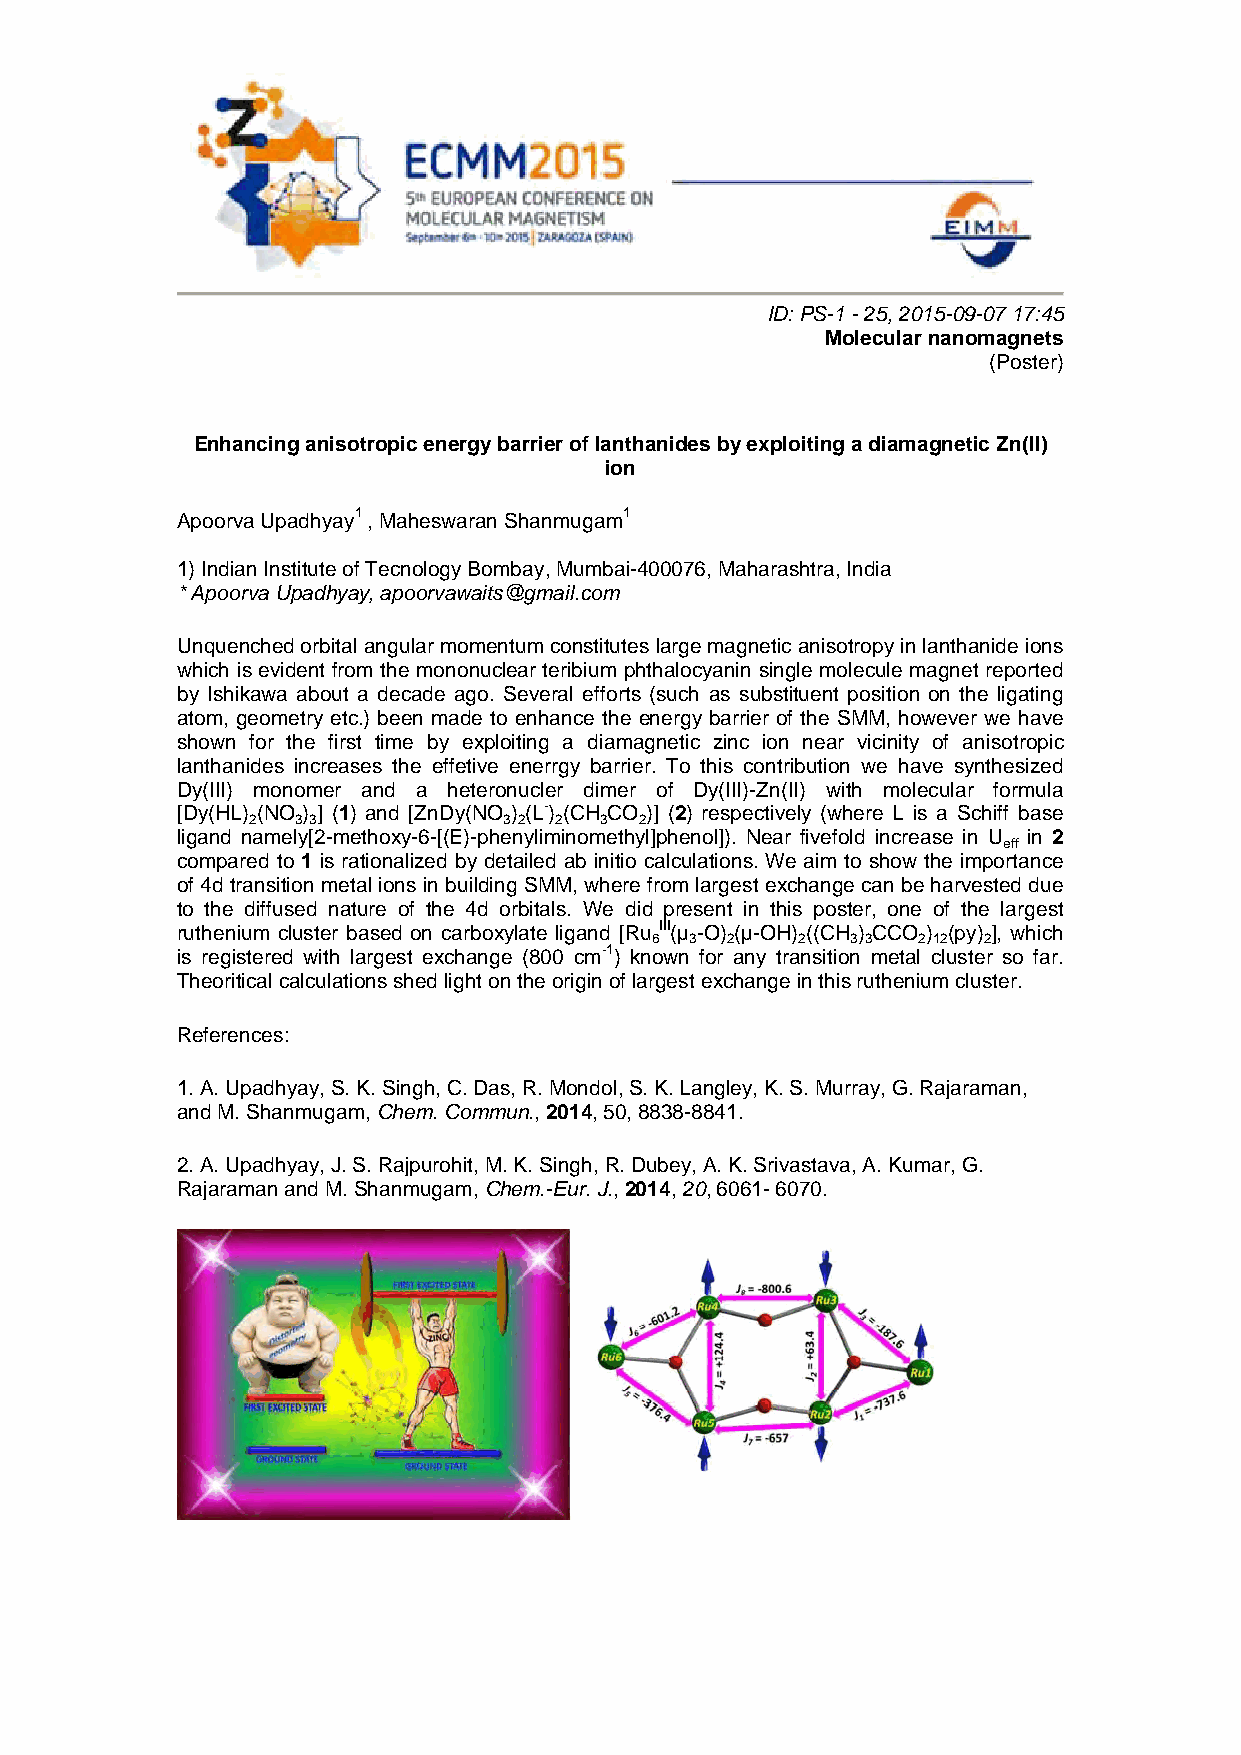
ID: PS-1 - 25, 2015-09-07 17:45
 Molecular nanomagnets
 (Poster)
 Enhancing anisotropic energy barrier of lanthanides by exploiting a diamagnetic Zn(II)
 ion
 Apoorva Upadhyay1 , Maheswaran Shanmugam1
 1) Indian Institute of Tecnology Bombay, Mumbai-400076, Maharashtra, India
 * Apoorva Upadhyay, apoorvawaits@gmail.com
 Unquenched orbital angular momentum constitutes large magnetic anisotropy in lanthanide ions
 which is evident from the mononuclear teribium phthalocyanin single molecule magnet reported
 by Ishikawa about a decade ago. Several efforts (such as substituent position on the ligating
 atom, geometry etc.) been made to enhance the energy barrier of the SMM, however we have
 shown for the first time by exploiting a diamagnetic zinc ion near vicinity of anisotropic
 lanthanides increases the effetive enerrgy barrier. To this contribution we have synthesized
 Dy(III) monomer and a heteronucler dimer of Dy(III)-Zn(II) with molecular formula
 [Dy(HL) (NO ) ] (1) and [ZnDy(NO ) (L-) (CH CO )] (2) respectively (where L is a Schiff base
 2   3 3          3 2 2  3 2
 ligand namely[2-methoxy-6-[(E)-phenyliminomethyl]phenol]). Near fivefold increase in U in 2
 eff
 compared to 1 is rationalized by detailed ab initio calculations. We aim to show the importance
 of 4d transition metal ions in building SMM, where from largest exchange can be harvested due
 to the diffused nature of the 4d orbitals. We did present in this poster, one of the largest
 ruthenium cluster based on carboxylate ligand [Ru III(µ -O) (µ-OH) ((CH ) CCO ) (py) ], which
 6  3 2    2  3 3  2 12 2
 is registered with largest exchange (800 cm-1) known for any transition metal cluster so far.
 Theoritical calculations shed light on the origin of largest exchange in this ruthenium cluster.
 References:
 1. A. Upadhyay, S. K. Singh, C. Das, R. Mondol, S. K. Langley, K. S. Murray, G. Rajaraman,
 and M. Shanmugam, Chem. Commun., 2014, 50, 8838-8841.
 2. A. Upadhyay, J. S. Rajpurohit, M. K. Singh, R. Dubey, A. K. Srivastava, A. Kumar, G.
 Rajaraman and M. Shanmugam, Chem.-Eur. J., 2014, 20, 6061- 6070.